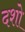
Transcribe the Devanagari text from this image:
दशो